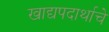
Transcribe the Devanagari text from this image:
खाद्यपदार्थाचे